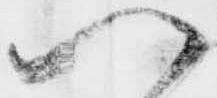
い